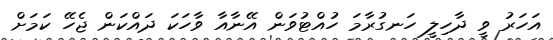
އަހަރު ވީ ދާހިލީ ހަނގުރާމަ ހުއްޓުވަން އޭނާއާ ވާހަކަ ދައްކަން ޖެހޭ ކަމަށް